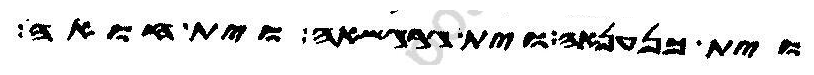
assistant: וית כנענאה וית גרגשאה וית חואה